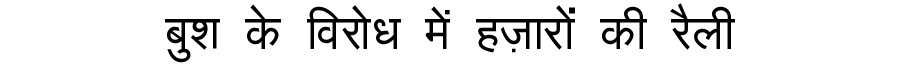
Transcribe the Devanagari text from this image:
बुश के विरोध में हज़ारों की रैली